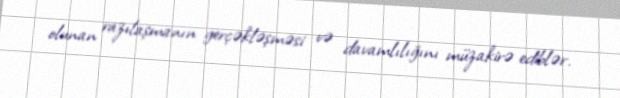
olunan razılaşmanın gerçəkləşməsi və davamlılığını müzakirə ediblər.